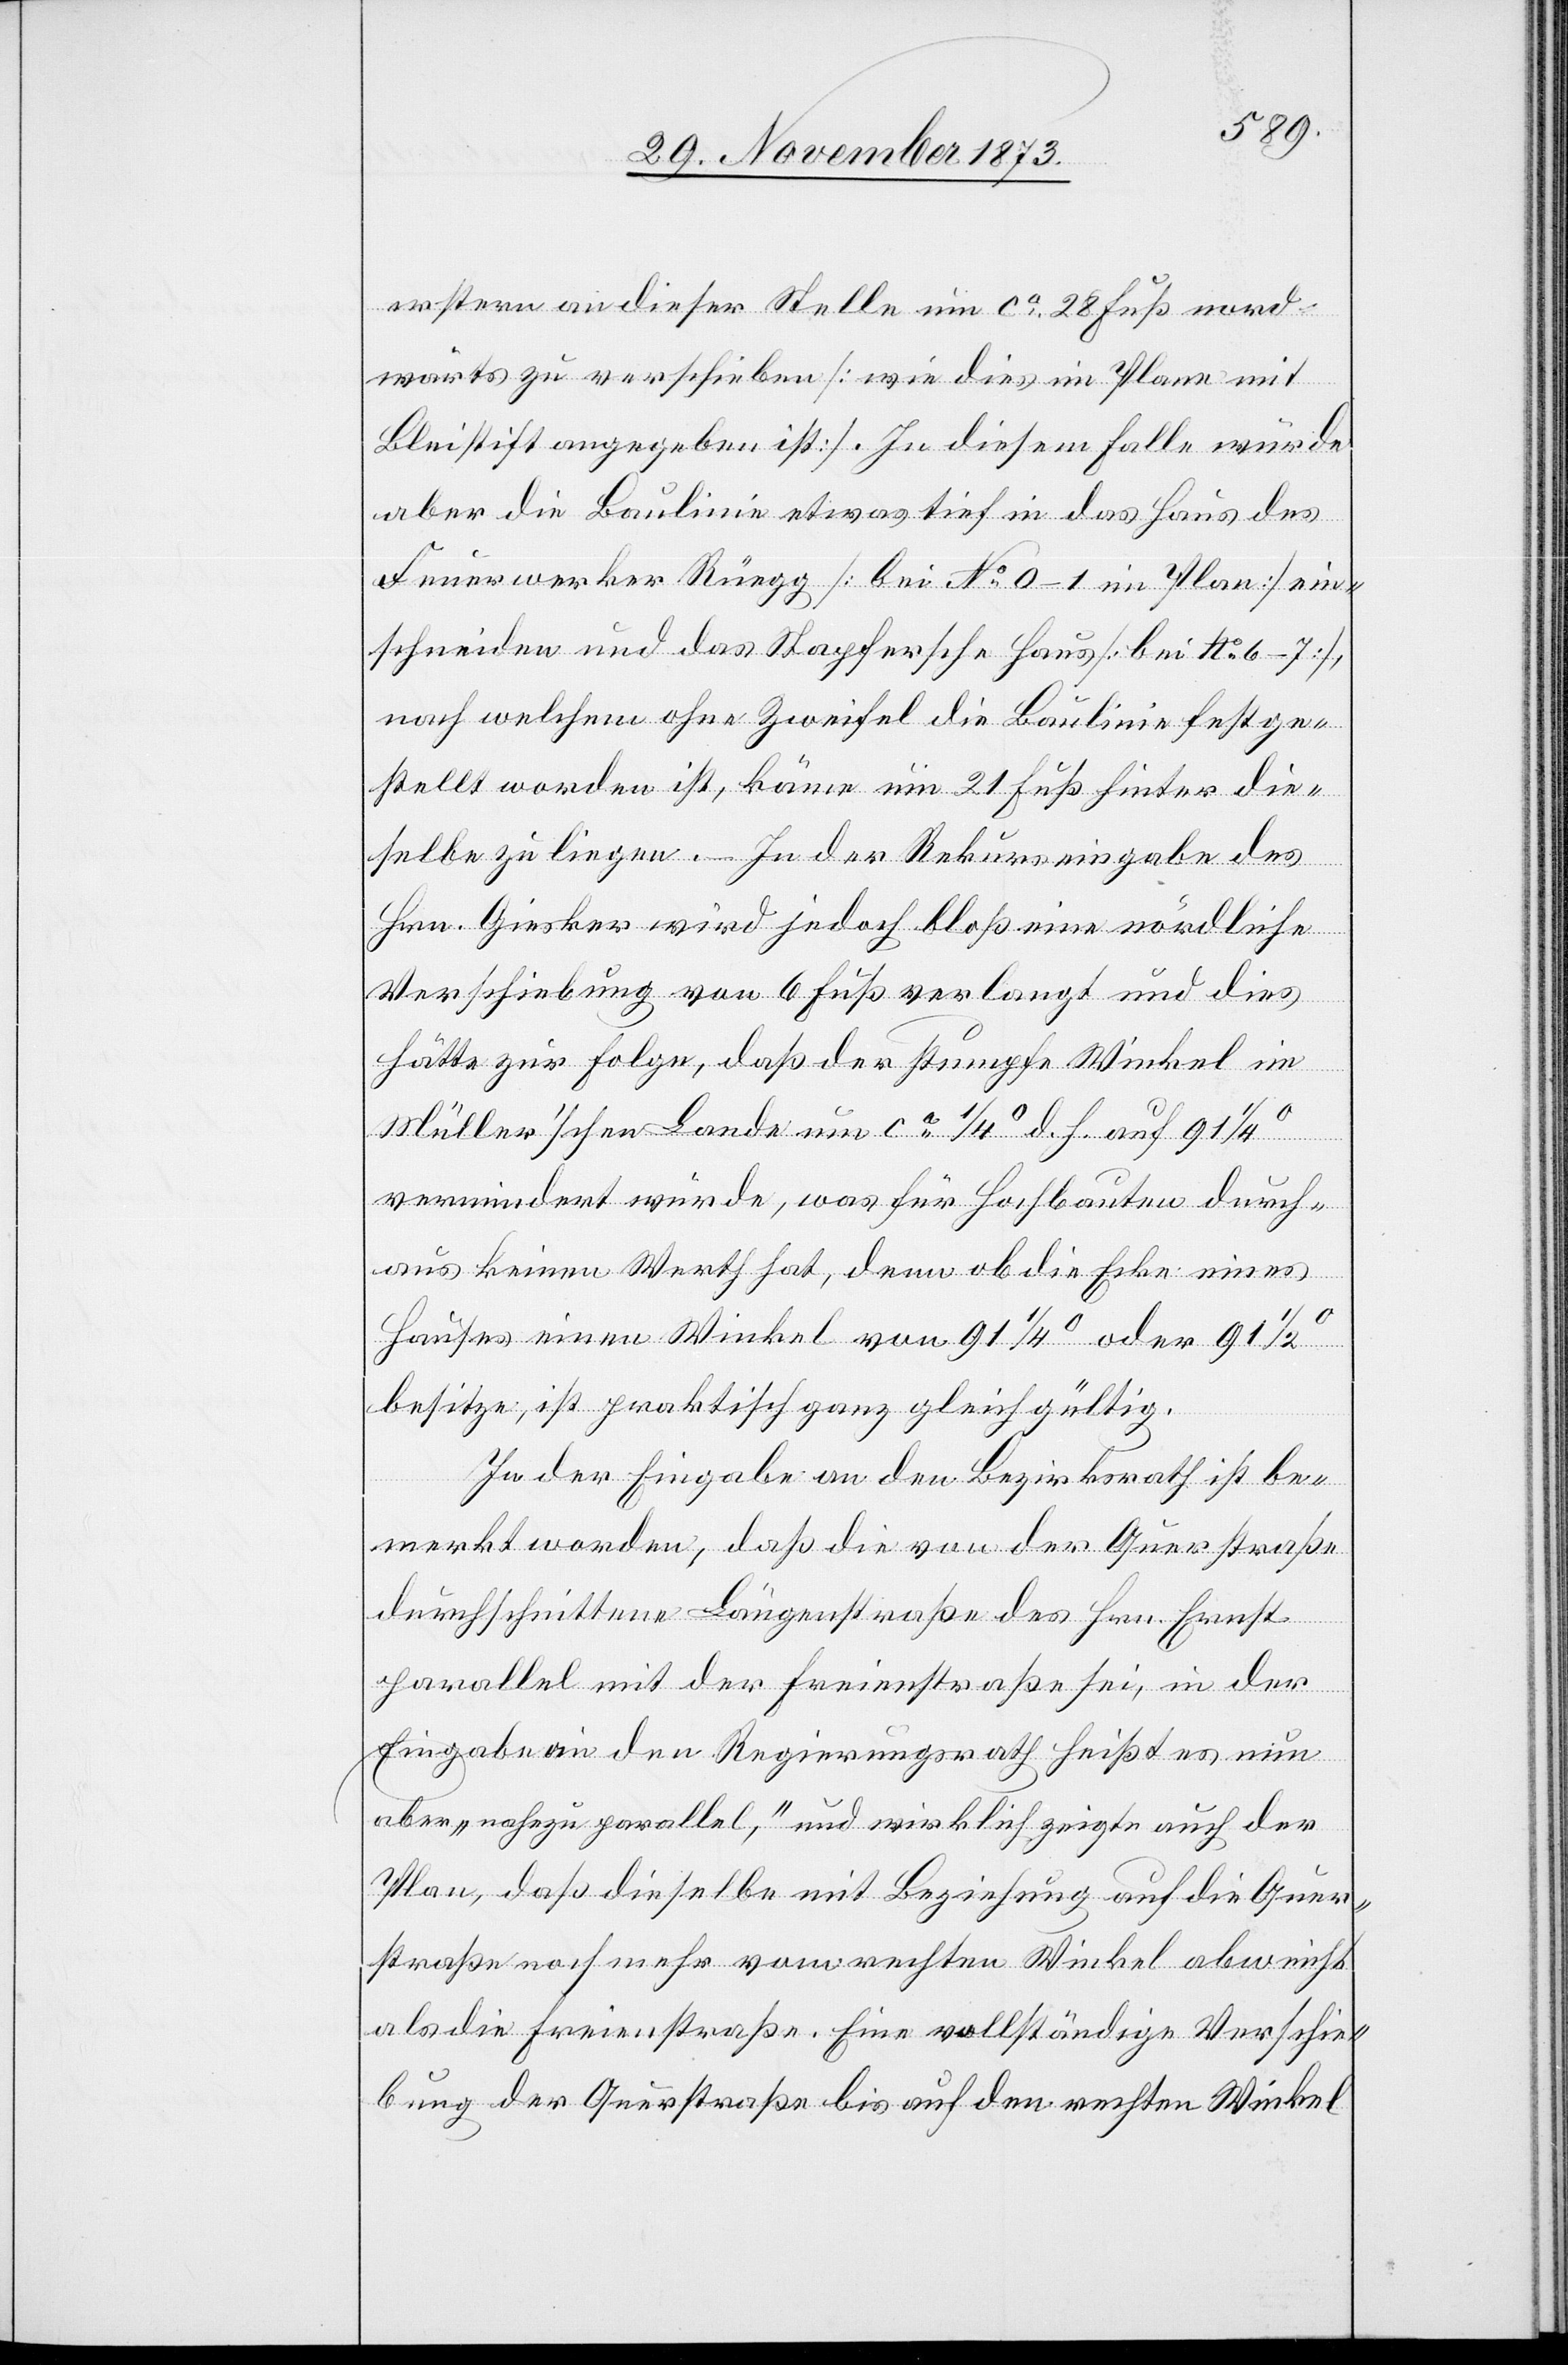
erstern an dieser Stelle um ca 28 Fuß nord¬
wärts zu verschieben [wie dies im Plane mit
Bleistift angegeben ist]. In diesem Falle würde
aber die Baulinie etwas tief in das Haus des
Feuerwerker Rüegg [bei No 0–1 im Plan] ein¬
schneiden und das Stapfersche Haus [bei No 6–7],
nach welchem ohne Zweifel die Baulinie festge¬
stellt worden ist, käme um 21 Fuß hinter die¬
selbe zu liegen. – In der Rekurseingabe des
Hrn. Giesker wird jedoch bloß eine nördliche
Verschiebung von 6 Fuß verlangt und dies
hätte zur Folge, daß der stumpfe Winkel im
Müller’schen Lande um ca 1/4° d. h. auf 91
vermindert würde, was für Hochbauten durch¬
aus keinen Werth hat, denn ob die Ecke eines
Hauses einen Winkel von 91 1/4° oder 91
besitze, ist praktisch ganz gleichgültig.
In der Eingabe an den Bezirksrath ist be¬
merkt worden, daß die von der Querstraße
durchschnittene Längenstraße des Hrn. Ernst
parallel mit der Freienstraße sei, in der
Eingabe an den Regierungsrath heißt es nun
aber „nahezu parallel“, und wirklich zeigte auch der
Plan, daß dieselbe mit Beziehung auf die Quer¬
straße noch mehr vom rechten Winkel abweicht
als die Freienstraße. Eine vollständige Verschie¬
bung der Querstraße bis auf den rechten Winkel